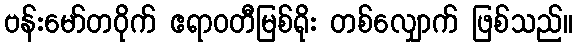
ဗန်းမော်တဝိုက် ဧရာဝတီမြစ်ရိုး တစ်လျှောက် ဖြစ်သည်။